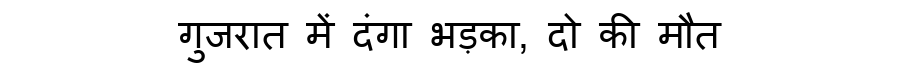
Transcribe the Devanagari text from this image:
गुजरात में दंगा भड़का, दो की मौत